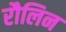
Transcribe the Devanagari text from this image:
रौलिन